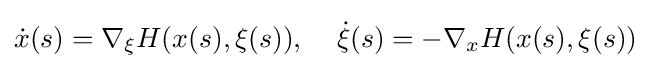
{\dot {x}}(s)=\nabla _{\xi }H(x(s),\xi (s)),\;\;\;\;{\dot {\xi }}(s)=-\nabla _{x}H(x(s),\xi (s))